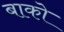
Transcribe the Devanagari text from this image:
बाको